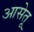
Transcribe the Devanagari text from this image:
आसेतू